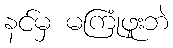
နင်မှ မကြုံဖူးဘဲ